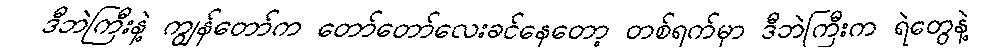
ဒီဘဲကြီးနဲ့ ကျွန်တော်က တော်တော်လေးခင်နေတော့ တစ်ရက်မှာ ဒီဘဲကြီးက ရဲတွေနဲ့